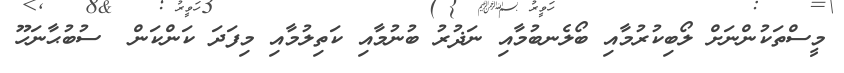
މީސްތަކުންނަށް ލޯބިކުރުމާއި ބޯލެނބުމާއި ނަޛުރު ބުނުމާއި ކަތިލުމާއި މިފަދަ ކަންކަން  ސުބުޙާނަހޫ